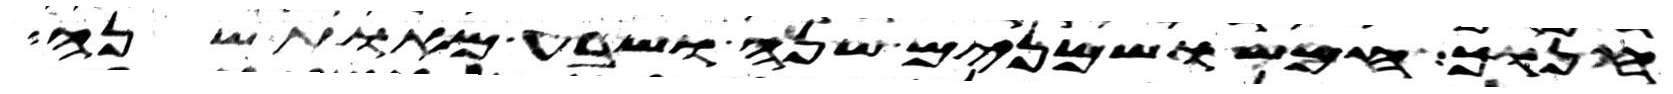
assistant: חנוך חמש ושמנים שנה ושבע מאות שנה